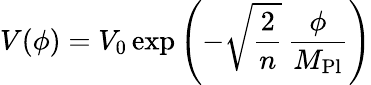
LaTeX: V(\phi)=V_{0}\exp\left(-\sqrt{\frac{2}{n}}\, \frac{\phi}{M_{\mathrm{Pl}}}\right)